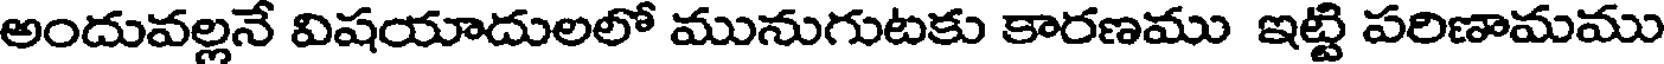
అందువల్లనే విషయాదులలో మునుగుటకు కారణము ఇట్టి పరిణామము